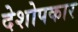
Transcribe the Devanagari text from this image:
देशोपकार